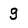
Character: g